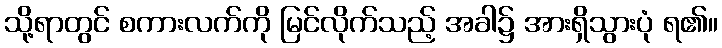
သို့ရာတွင် စကားလက်ကို မြင်လိုက်သည့် အခါ၌ အားရှိသွားပုံ ရ၏။